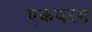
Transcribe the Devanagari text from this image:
एकंबरम